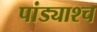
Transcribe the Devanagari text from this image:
पांड्याश्च